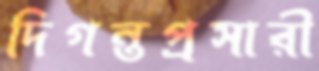
দিগন্তপ্রসারী